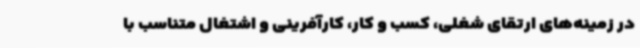
در زمینه‌های ارتقای شغلی، کسب و کار، کارآفرینی و اشتغال متناسب با